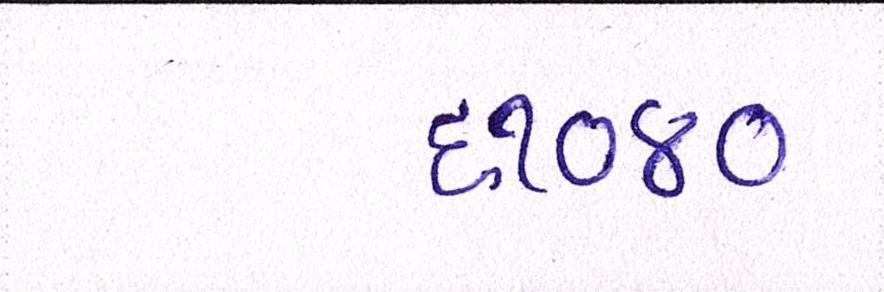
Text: ૬૧૦૪૦